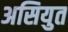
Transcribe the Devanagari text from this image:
असियुत